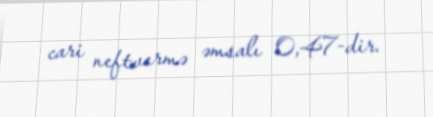
cari neftvermə əmsalı 0,47-dir.